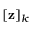
[ \mathbf { z } ] _ { k }